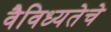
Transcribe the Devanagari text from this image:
वैविध्यतेचे